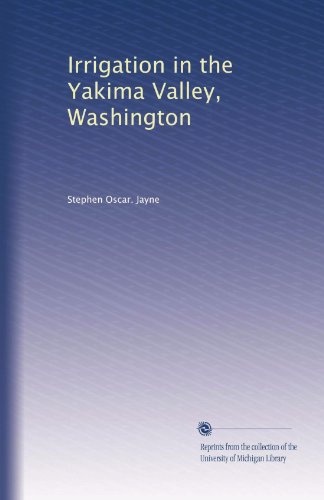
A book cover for Irrigation in the Yakima Valley, Washington; Stephen Oscar. Jayne; Science & Math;